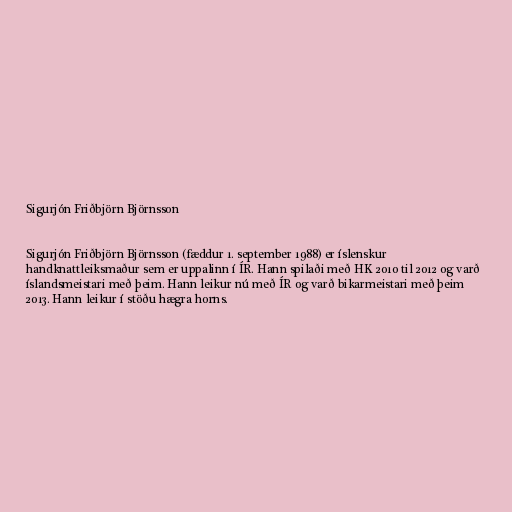
Sigurjón Friðbjörn Björnsson

Sigurjón Friðbjörn Björnsson (fæddur 1. september 1988) er íslenskur
handknattleiksmaður sem er uppalinn í ÍR. Hann spilaði með HK 2010 til 2012 og varð
íslandsmeistari með þeim. Hann leikur nú með ÍR og varð bikarmeistari með þeim
2013. Hann leikur í stöðu hægra horns.